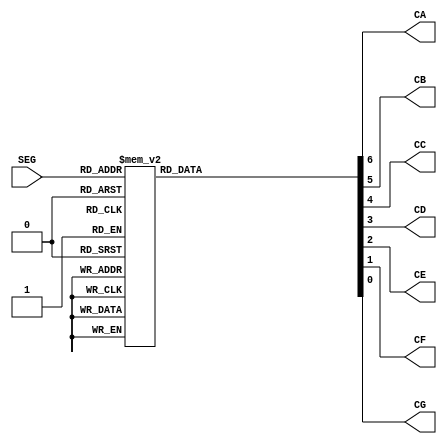
`timescale 1ns / 1ps
//////////////////////////////////////////////////////////////////////////////////
// Company: Gruppo 1
// 
// Design Name: 
// Module Name: CATODE_DECODER
// Project Name: Thermostat Control System
// Target Devices: Basys 3
// Tool Versions: 
// Description: 
// 
// Dependencies: 
// 
// Revision:
// Revision 0.01 - File Created
// Additional Comments:
// 
//////////////////////////////////////////////////////////////////////////////////


module CATODE_DECODER(
input wire [4:0] SEG,
output reg CA,CB,CC,CD,CE,CF,CG
    );
    
    always@(SEG)
        case(SEG)
            5'd0: {CA,CB,CC,CD,CE,CF,CG} = 7'b0000001; //0
            5'd1: {CA,CB,CC,CD,CE,CF,CG} = 7'b1001111; //1
            5'd2: {CA,CB,CC,CD,CE,CF,CG} = 7'b0010010; //2
            5'd3: {CA,CB,CC,CD,CE,CF,CG} = 7'b0000110; //3
            5'd4: {CA,CB,CC,CD,CE,CF,CG} = 7'b1001100; //4
            5'd5: {CA,CB,CC,CD,CE,CF,CG} = 7'b0100100; //5
            5'd6: {CA,CB,CC,CD,CE,CF,CG} = 7'b0100000; //6
            5'd7: {CA,CB,CC,CD,CE,CF,CG} = 7'b0001111; //7
            5'd8: {CA,CB,CC,CD,CE,CF,CG} = 7'b0000000; //8
            5'd9: {CA,CB,CC,CD,CE,CF,CG} = 7'b0000100; //9
            5'd10: {CA,CB,CC,CD,CE,CF,CG} = 7'b0001000; //a
            5'd11: {CA,CB,CC,CD,CE,CF,CG} = 7'b1100000; //b
            5'd12: {CA,CB,CC,CD,CE,CF,CG} = 7'b0110001; //c
            5'd13: {CA,CB,CC,CD,CE,CF,CG} = 7'b1000010; //d
            5'd14: {CA,CB,CC,CD,CE,CF,CG} = 7'b0110000; //e
            5'd15: {CA,CB,CC,CD,CE,CF,CG} = 7'b0111000; //f
            5'd16: {CA,CB,CC,CD,CE,CF,CG} = 7'b0100000; //g
            5'd17: {CA,CB,CC,CD,CE,CF,CG} = 7'b1001000; //h
            5'd18: {CA,CB,CC,CD,CE,CF,CG} = 7'b1111001; //i
            5'd19: {CA,CB,CC,CD,CE,CF,CG} = 7'b1110001; //l
            5'd20: {CA,CB,CC,CD,CE,CF,CG} = 7'b0001001; //m
            5'd21: {CA,CB,CC,CD,CE,CF,CG} = 7'b1101010; //n
            5'd22: {CA,CB,CC,CD,CE,CF,CG} = 7'b0000001; //o
            5'd23: {CA,CB,CC,CD,CE,CF,CG} = 7'b0011000; //p
            5'd24: {CA,CB,CC,CD,CE,CF,CG} = 7'b0001100; //q
            5'd25: {CA,CB,CC,CD,CE,CF,CG} = 7'b1111000; //r
            5'd26: {CA,CB,CC,CD,CE,CF,CG} = 7'b0100100; //s
            5'd27: {CA,CB,CC,CD,CE,CF,CG} = 7'b0111001; //t
            5'd28: {CA,CB,CC,CD,CE,CF,CG} = 7'b1000001; //u
            5'd29: {CA,CB,CC,CD,CE,CF,CG} = 7'b1100011; //v
            5'd30: {CA,CB,CC,CD,CE,CF,CG} = 7'b0010010; //z
            5'd31: {CA,CB,CC,CD,CE,CF,CG} = 7'b1111110; //trattino
            default: {CA,CB,CC,CD,CE,CF,CG} = 7'b1111111; //tutto spento
        endcase
        
endmodule